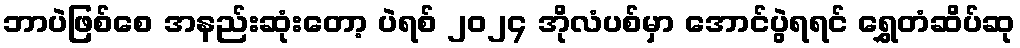
ဘာပဲဖြစ်စေ အနည်းဆုံးတော့ ပဲရစ် ၂၀၂၄ အိုလံပစ်မှာ အောင်ပွဲရရင် ရွှေတံဆိပ်ဆု